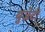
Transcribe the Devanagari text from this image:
युजेटी